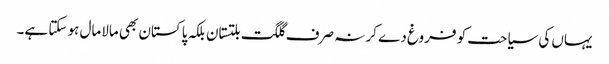
یہاں کی سیاحت کو فروغ دے کر نہ صرف گلگت بلتستان بلکہ پاکستان بھی مالامال ہو سکتا ہے۔